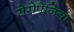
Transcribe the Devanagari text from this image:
सेरोपेजिया